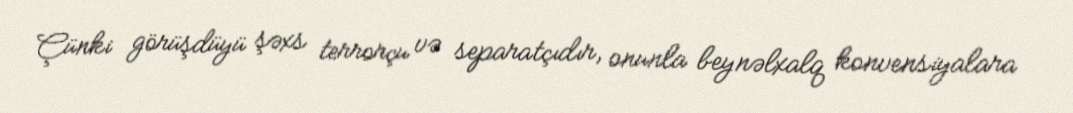
Çünki görüşdüyü şəxs terrorçu və separatçıdır, onunla beynəlxalq konvensiyalara